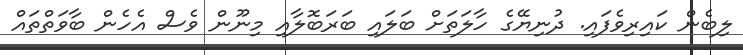
ލިބެން ކައިރިވެފައި. ދުނިޔޭގެ ހާލަތަށް ބަލައި ބަރަބޮލާއި މިނޫން ވެސް އެހެން ބާވަތްތައް